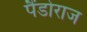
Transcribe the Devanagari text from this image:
पैंडोराज